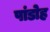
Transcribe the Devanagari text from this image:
पांडोह